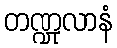
တဏ္ဍုလာနံ